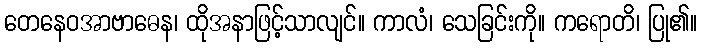
တေနေဝအာဗာဓေန၊ ထိုအနာဖြင့်သာလျင်။ ကာလံ၊ သေခြင်းကို။ ကရောတိ၊ ပြု၏။